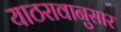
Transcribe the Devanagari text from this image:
याठरावानुसार